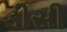
ડીસી